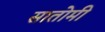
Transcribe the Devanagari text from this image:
सातोमी